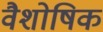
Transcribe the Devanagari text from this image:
वैशोषिक